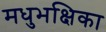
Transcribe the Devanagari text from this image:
मधुभक्षिका